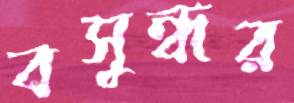
বসুন্ধর